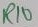
Text: R10